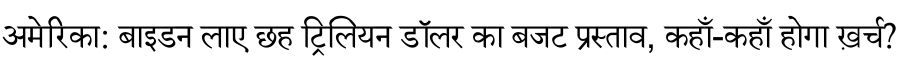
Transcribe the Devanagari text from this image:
अमेरिका: बाइडन लाए छह ट्रिलियन डॉलर का बजट प्रस्ताव, कहाँ-कहाँ होगा ख़र्च?